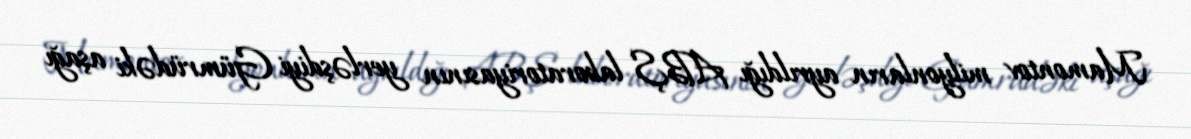
Mamontov milyonların ayrıldığı ABŞ laboratoriyasının yerləşdiyi Gümrüdəki aşağı